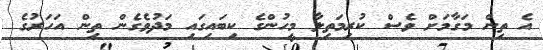
އެ ތިން މަގާމަށް ވެސް ކުރިމަތިލާ މީހުންގެ ކިބައިގައި މަދުވެގެން ތިން އަހަރުގެ